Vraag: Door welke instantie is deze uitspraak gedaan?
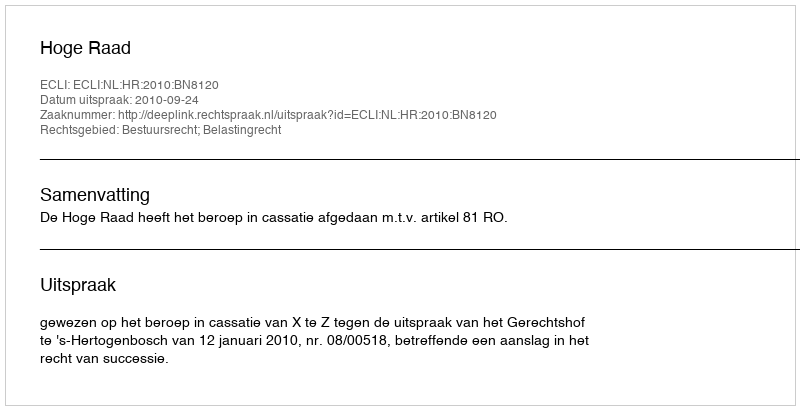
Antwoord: Hoge Raad